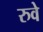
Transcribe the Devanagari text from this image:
रुवे